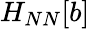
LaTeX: H_{NN}[b]